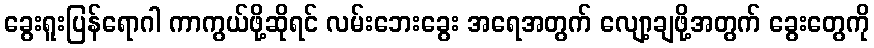
ခွေးရူးပြန်ရောဂါ ကာကွယ်ဖို့ဆိုရင် လမ်းဘေးခွေး အရေအတွက် လျော့ချဖို့အတွက် ခွေးတွေကို